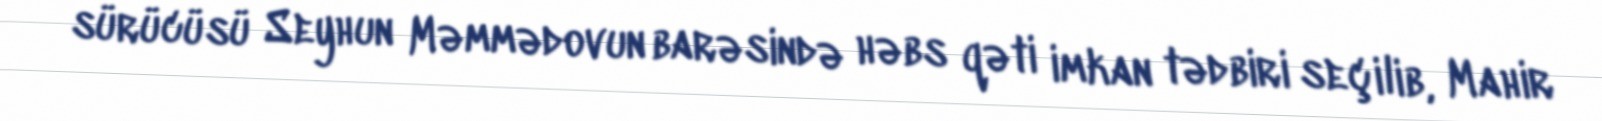
sürücüsü Seyhun Məmmədovun barəsində həbs qəti imkan tədbiri seçilib, Mahir